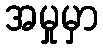
အမှုမှာ